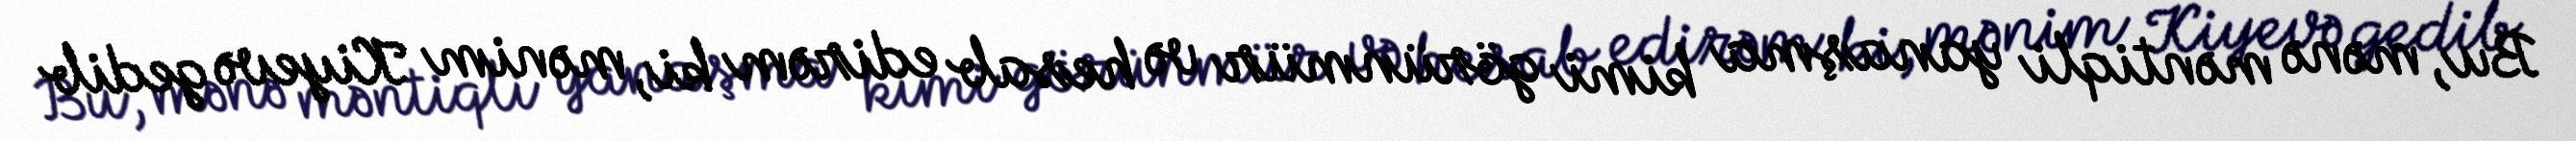
Bu, mənə məntiqli yanaşma kimi görünmür və hesab edirəm ki, mənim Kiyevə gedib